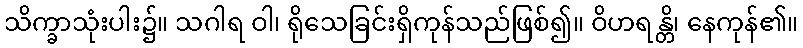
သိက္ခာသုံးပါး၌။ သဂါရ ဝါ၊ ရိုသေခြင်းရှိကုန်သည်ဖြစ်၍။ ဝိဟရန္တိ၊ နေကုန်၏။